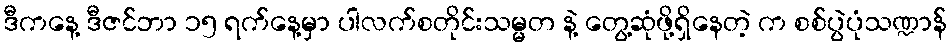
ဒီကနေ့ ဒီဇင်ဘာ ၁၅ ရက်နေ့မှာ ပါလက်စတိုင်းသမ္မတ နဲ့ တွေ့ဆုံဖို့ရှိနေတဲ့ က စစ်ပွဲပုံသဏ္ဍာန်